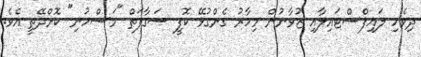
ދިވެހި ލައިފްސްޓައިލާއި ޒުވާނުން މިހާރު ގެންގުޅޭ ކޮފީ ސަގާފަތް "މަސްހުނި" ކޮށްދޭތީ އެވެ.